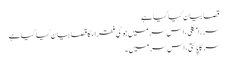
قصا بیان کیا گیا ہے
سر رامکلی، اس سر میں جوگی فقراء کا قصا بیان کیا گیا ہے
سر کاپائتی، اس سر میں ۔